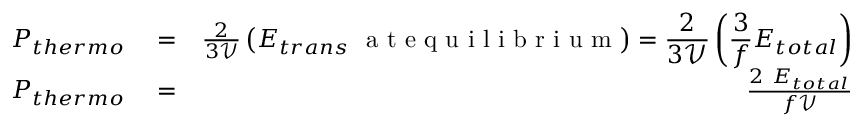
\begin{array} { r l r } { P _ { t h e r m o } } & { { } = } & { \frac { 2 } { 3 \mathcal { V } } \displaystyle \left( E _ { t r a n s } ~ \mathrm { ~ a ~ t ~ e ~ q ~ u ~ i ~ l ~ i ~ b ~ r ~ i ~ u ~ m ~ } \right) = \frac { 2 } { 3 \mathcal { V } } \left( \frac { 3 } { f } E _ { t o t a l } \right) } \\ { P _ { { t h e r m o } } } & { { } = } & { \frac { 2 ~ E _ { t o t a l } } { f \mathcal { V } } } \end{array}